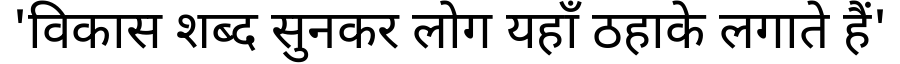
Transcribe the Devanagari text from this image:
'विकास शब्द सुनकर लोग यहाँ ठहाके लगाते हैं'